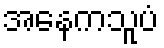
အနေကသူပံ